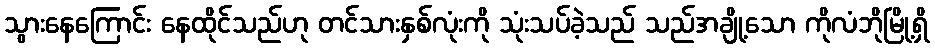
သွားနေကြောင်း နေထိုင်သည်ဟု တင်သားနှစ်လုံးကို သုံးသပ်ခဲ့သည် သည်အချို့သော ကိုလံဘိုမြို့ရှိ